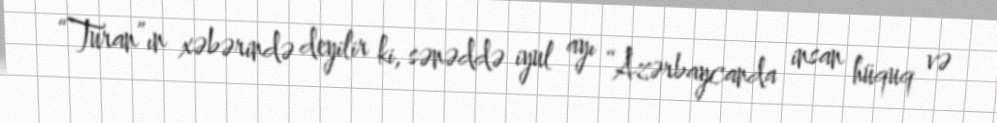
“Turan”ın xəbərində deyilir ki, sənəddə iyul ayı “Azərbaycanda insan hüquq və